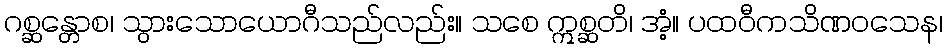
ဂစ္ဆန္တောစ၊ သွားသောယောဂီသည်လည်း။ သစေ ဣစ္ဆတိ၊ အံ့။ ပထဝီကသိဏဝသေန၊